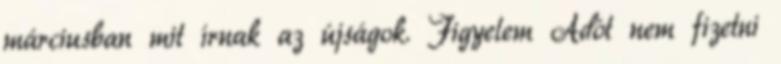
márciusban mit írnak az újságok. Figyelem Adót nem fizetni